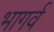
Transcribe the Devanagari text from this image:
भागर्व